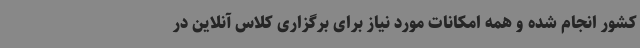
کشور انجام شده و همه امکانات مورد نیاز برای برگزاری کلاس آنلاین در